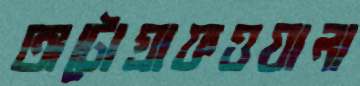
অটোগ্রাফওয়ালা